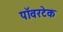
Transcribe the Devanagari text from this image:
पॉवरटेक